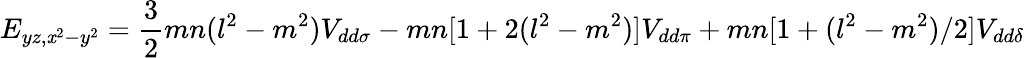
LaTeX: E_{yz,\mathit{x}^{2}-y^{2}}={\frac{{3}}{{2}}}mn(l^{2}-m^{2})V_{dd\sigma}-mn[1+2(l^{2}-m^{2})]V_{dd\pi}+mn[1+(l^{2}-m^{2})/2]V_{dd\delta}